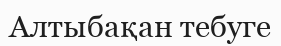
Алтыбақан тебуге